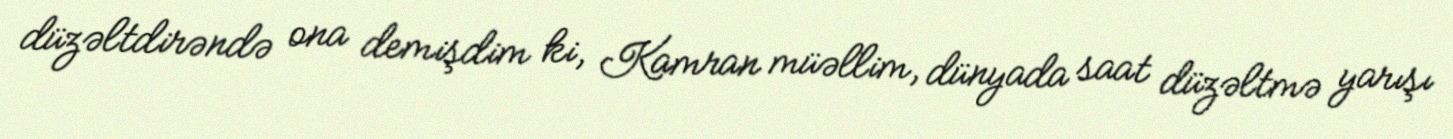
düzəltdirəndə ona demişdim ki, Kamran müəllim, dünyada saat düzəltmə yarışı